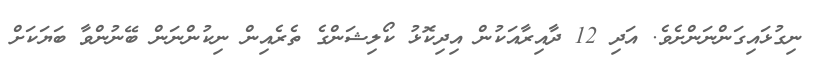
ނިގުޅައިގަންނަންށެވެ. އަދި 12 ދާއިރާއަކުން އިދިކޮޅު ކޯލިޝަންގެ ތެރެއިން ނިކުންނަން ބޭނުންވާ ބަޔަކަށް